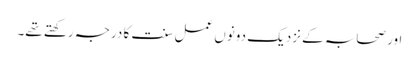
اور صحابہ کے نزدیک دونوں عمل سنت کا درجہ رکھتے تھے۔